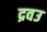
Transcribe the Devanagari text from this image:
द्रवउ